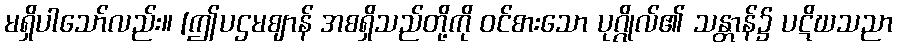
မရှိပါသော်လည်း။ [ဤပဌမဈာန် အစရှိသည်တို့ကို ဝင်စားသော ပုဂ္ဂိုလ်၏ သန္တာန်၌ ပဋိဃသညာ